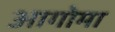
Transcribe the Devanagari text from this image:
आगोमा